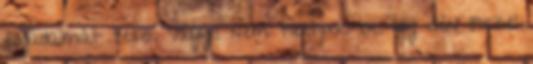
fogadalmat tesz. Vagyis nem tartjuk be. Így idén ősszel